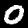
Digit: 0